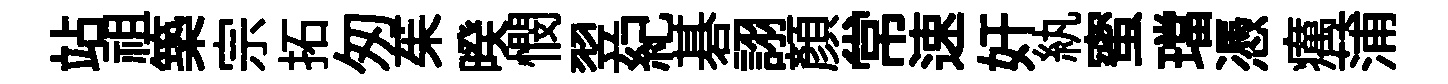
站祖築宗拓匆茱暌憫翌紀碁詡顔常速奸紈蜜璫憑癘蒲